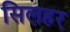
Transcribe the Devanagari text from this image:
सिलहर